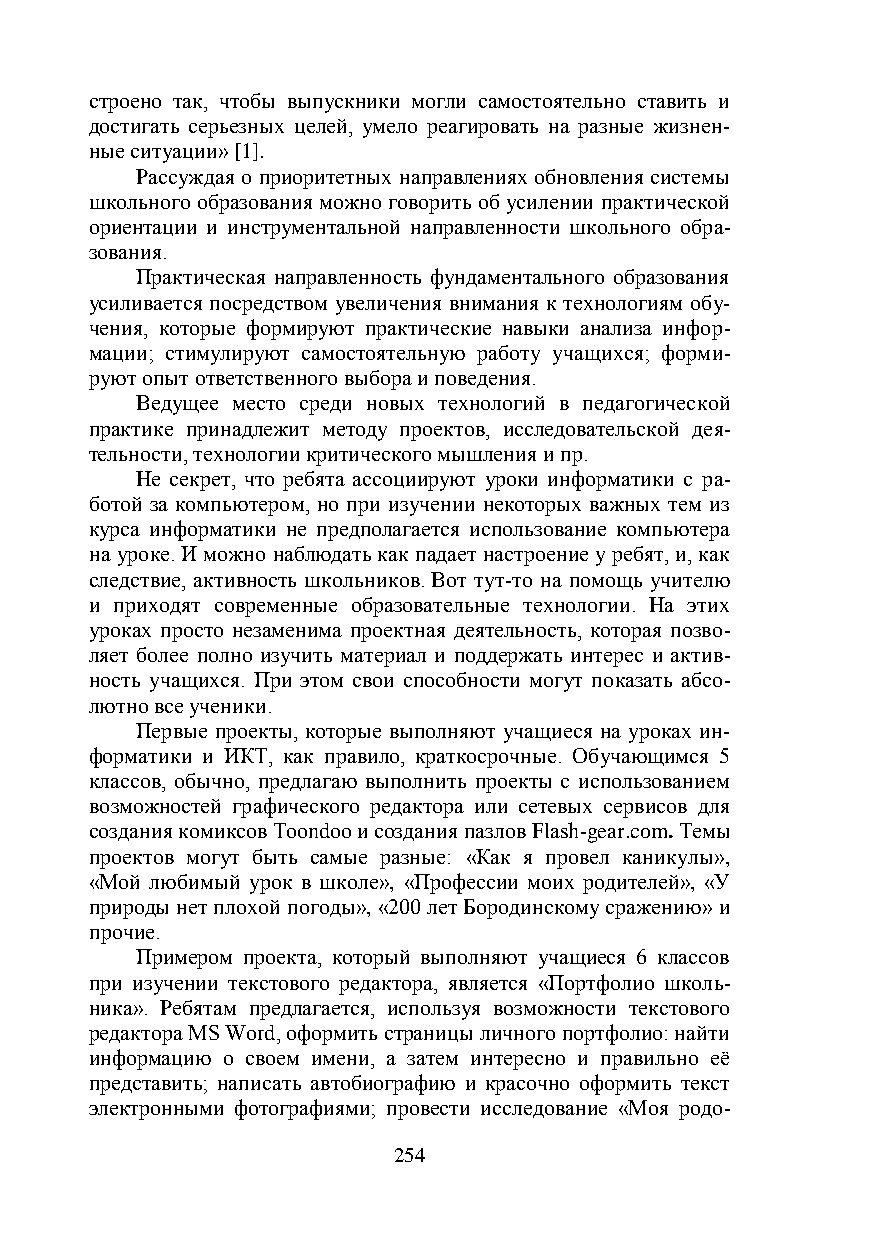
строено так, чтобы выпускники могли самостоятельно ставить и
 достигать серьезных целей, умело реагировать на разные жизнен-
 ные ситуации» [1].
 Рассуждая о приоритетных направлениях обновления системы
 школьного образования можно говорить об усилении практической
 ориентации и инструментальной направленности школьного обра-
 зования.
 Практическая направленность фундаментального образования
 усиливается посредством увеличения внимания к технологиям обу-
 чения, которые формируют практические навыки анализа инфор-
 мации; стимулируют самостоятельную работу учащихся; форми-
 руют опыт ответственного выбора и поведения.
 Ведущее место среди новых технологий в педагогической
 практике принадлежит методу проектов, исследовательской дея-
 тельности, технологии критического мышления и пр.
 Не секрет, что ребята ассоциируют уроки информатики с ра-
 ботой за компьютером, но при изучении некоторых важных тем из
 курса информатики не предполагается использование компьютера
 на уроке. И можно наблюдать как падает настроение у ребят, и, как
 следствие, активность школьников. Вот тут-то на помощь учителю
 и приходят современные образовательные технологии. На этих
 уроках просто незаменима проектная деятельность, которая позво-
 ляет более полно изучить материал и поддержать интерес и актив-
 ность учащихся. При этом свои способности могут показать абсо-
 лютно все ученики.
 Первые проекты, которые выполняют учащиеся на уроках ин-
 форматики и ИКТ, как правило, краткосрочные. Обучающимся 5
 классов, обычно, предлагаю выполнить проекты с использованием
 возможностей графического редактора или сетевых сервисов для
 создания комиксов Toondoo и создания пазлов Flash-gear.com. Темы
 проектов могут быть самые разные: «Как я провел каникулы»,
 «Мой любимый урок в школе», «Профессии моих родителей», «У
 природы нет плохой погоды», «200 лет Бородинскому сражению» и
 прочие.
 Примером проекта, который выполняют учащиеся 6 классов
 при изучении текстового редактора, является «Портфолио школь-
 ника». Ребятам предлагается, используя возможности текстового
 редактора MS Word, оформить страницы личного портфолио: найти
 информацию о своем имени, а затем интересно и правильно её
 представить; написать автобиографию и красочно оформить текст
 электронными фотографиями; провести исследование «Моя родо-
 254